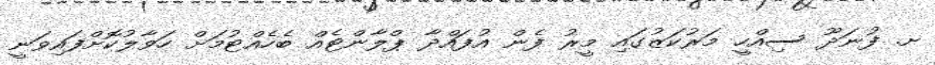
ށ. ފުނަދޫ ސިއްހީ މަރުކަޒުގައި މީރު ފެން އުފައްދާ ޕްލާންޓެއް ބެހެއްޓުމަށް ހަވާލުކޮށްފައިވަނީ